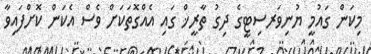
މިކަން ގައުމީ ޔުނިވަރސިޓީގެ ދިގު ތާރީޚް ގައި އެއްގޮތަކަށް ވެސް އެކަން ކޮށްފައިވާ